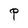
Character: P